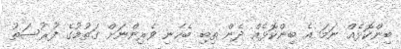
ބިންކޮޅެއް ނަމަ އެ ބިންކޮޅެއް ދެން ތިބި ބެހެނި ވެރިންނަށް ގަތުމުގެ ފުރުސަތު